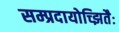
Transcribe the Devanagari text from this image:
सम्प्रदायोच्झितैः